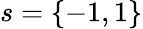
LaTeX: s=\{ -1,1\}